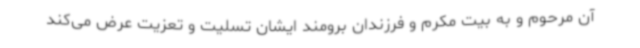
آن مرحوم و به بیت مکرم و فرزندان برومند ایشان تسلیت و تعزیت عرض می‌کند